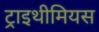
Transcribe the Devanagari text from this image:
ट्राइथीमियस